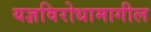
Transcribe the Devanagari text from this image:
यज्ञविरोधामागील